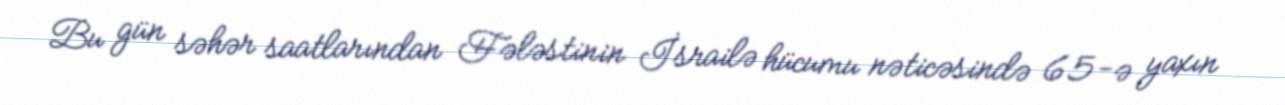
Bu gün səhər saatlarından Fələstinin İsrailə hücumu nəticəsində 65-ə yaxın